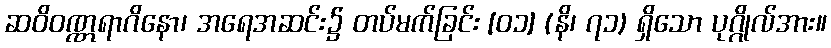
ဆဝိဝဏ္ဏရာဂိနော၊ အရေအဆင်း၌ တပ်မက်ခြင်း [၀၁] (နိ၊ ၇၁) ရှိသော ပုဂ္ဂိုလ်အား။